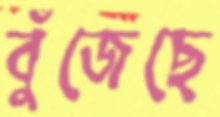
বুঁজেছে